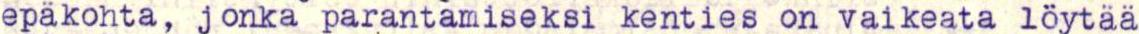
epäkohta, j onka parantamiseksi kenties on vaikeata löytää